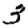
Digit: 3